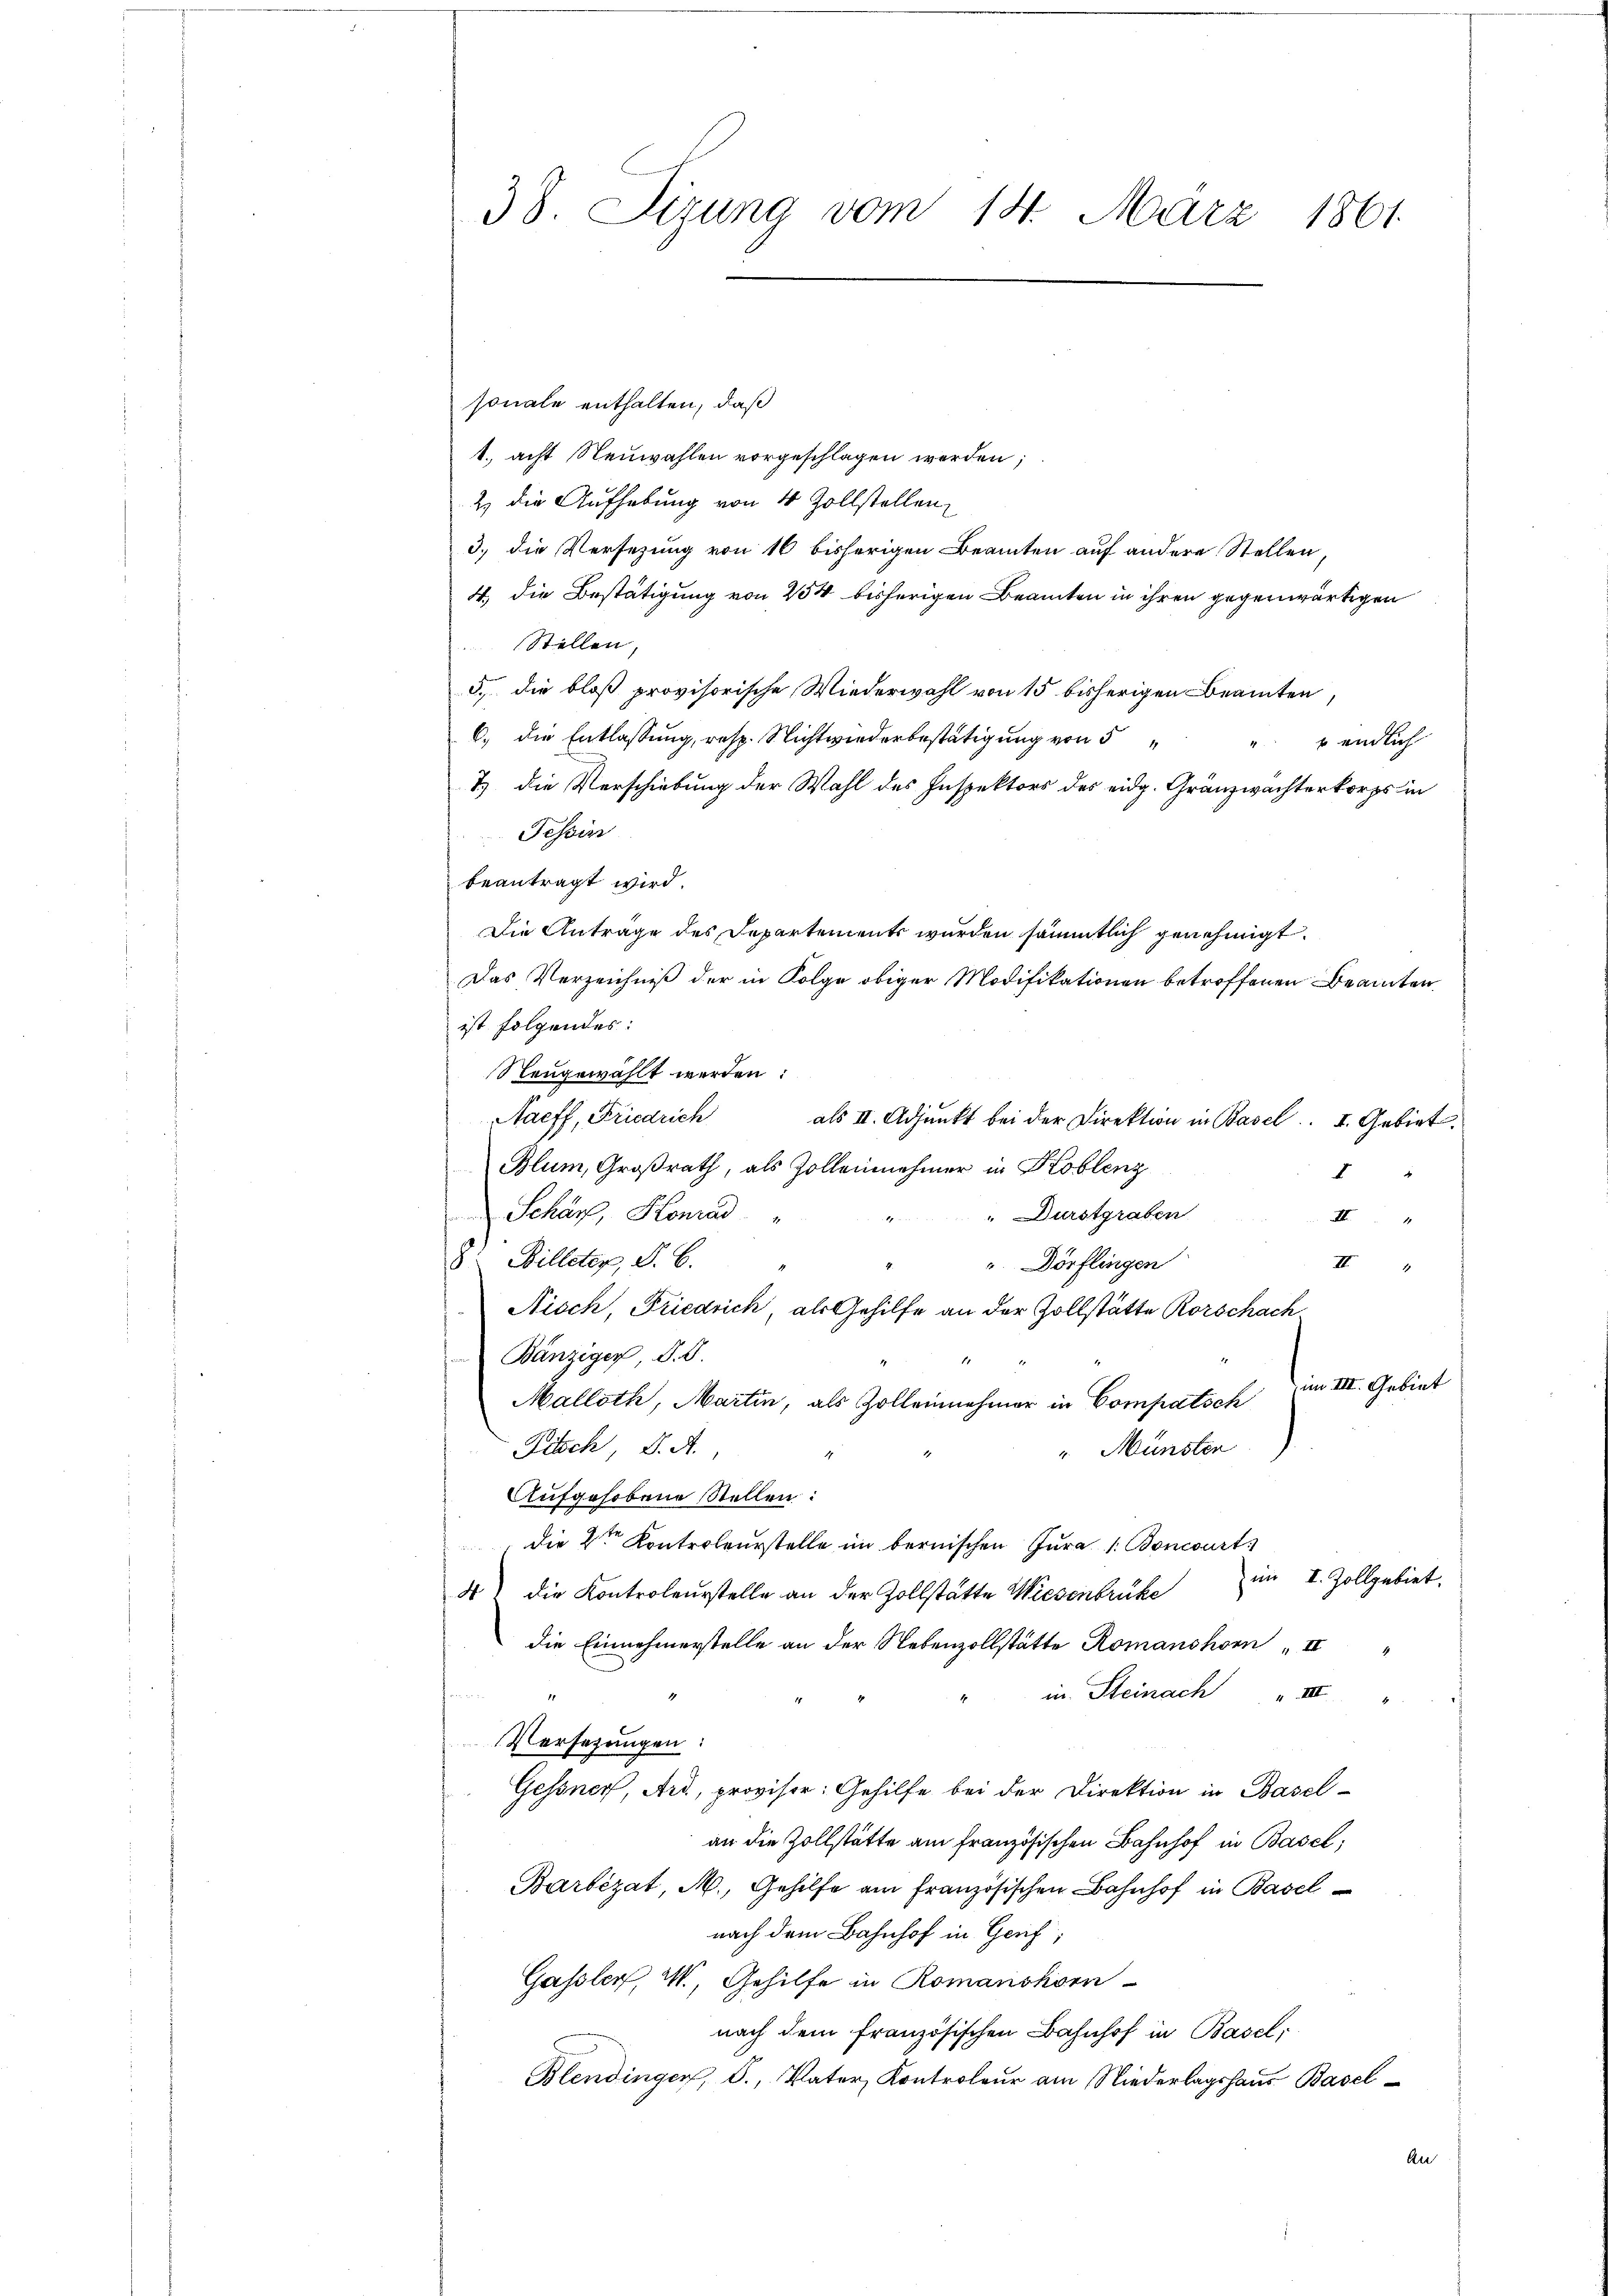
sonale enthalten, daß
1. acht Neuwahlen vorgeschlagen werden;
2) die Aufhebung von 4 Zollstellen,
3.) die Versezung von 16 bisherigen Beamten auf andere Stellen,
4., die Bestätigung von 254 bisherigen Beamten in ihren gegenwärtigen
Stellen,
5. die bloß provisorische Wiederwahl von 15 bisherigen Beamten,
6., die Entlassung, resp. Nichtwiederbestätigung von 5
 endlich
M
7) die Verschiebung der Wahl des Inspektors des eidg. Gränzwachterkorps in
Tessin
beantragt wird.
Die Antrage des Departements wurden sämmtlich genehmigt.
Das Verzeichniß der in Folge obiger Modifikationen betroffenen Beamten
ist folgendes:
Neugewählt werden:
Haeff, Friedrich
als II. Adjunkt bei der Direktion in Basel. I. Gebiet
Blum, Großrath, als Zolleinehmer in Koblenz
I
"Durstgraben
Schär, Konrad
II
8 Billeter, S. B.
" Dörflingen
II
Nisch, Friedrich, als Gehilfe an der Zollstätte Rorschach
Bänziger, d. d.
im III. Gebiet
Malloth, Martin, als Zollenehmer in Compatsch
Fitch J. A.,
" Münster
Aufgehobene Stellen:
die 2ten Kontroleurstelle im bernischen Jura s. Boncourt
im I. Zollgebiet.
4) Die Kontroleurstelle an der Zollstätte Wiesenbrüke
die Einnehmerstelle an der Nebenzollstätte Romanshorn II
in Steinach " III
 S. 14
Versezungen:
Gessner, Art, provisor: Gehilfe bei der Direktion in Basel-
an die Zollstätte am Französischen Bahnhof in Basel,
Barbezat, M., Gehilfe am französischen Bahnhof in Baselnach dem Bahnhof in Genf,
Gassler, I., Gehilfe in Romanskom
nach dem französischen Bahnhof in Basel,
Blendingen, S., Vater, Kontroleur am Niederlagshaus Basel¬
An

38. Sizung vom 14. März 1861.